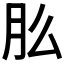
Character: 𬁲